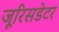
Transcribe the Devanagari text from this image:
जूरिसडेटर